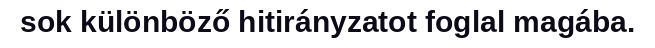
sok különböző hitirányzatot foglal magába.